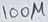
Text: 100µ